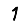
Digit: 1